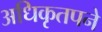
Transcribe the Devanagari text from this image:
अधिकृतपने